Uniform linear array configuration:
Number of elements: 24
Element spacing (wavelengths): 0.5
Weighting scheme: hann
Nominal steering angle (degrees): -15
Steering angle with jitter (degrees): -14.019
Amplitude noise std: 0.05
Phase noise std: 0.05

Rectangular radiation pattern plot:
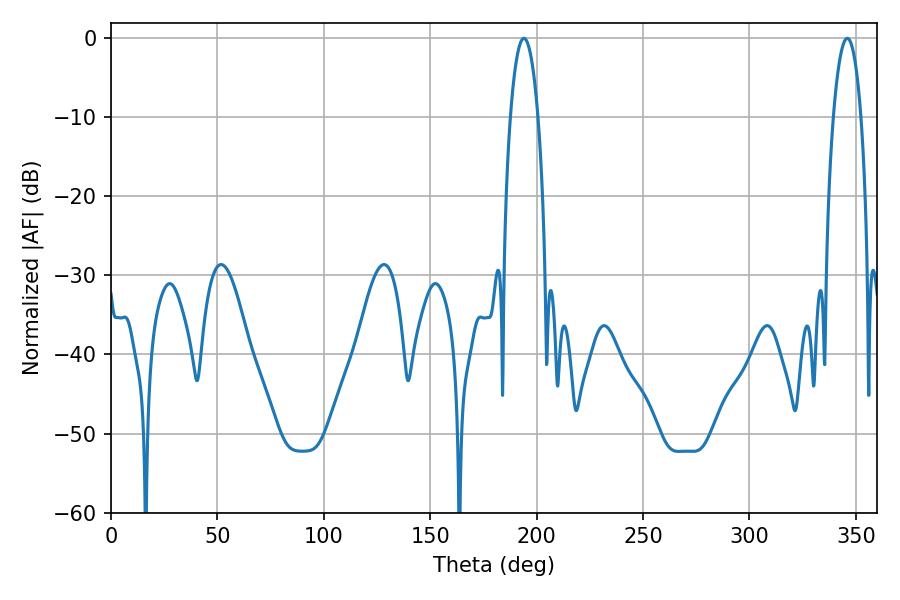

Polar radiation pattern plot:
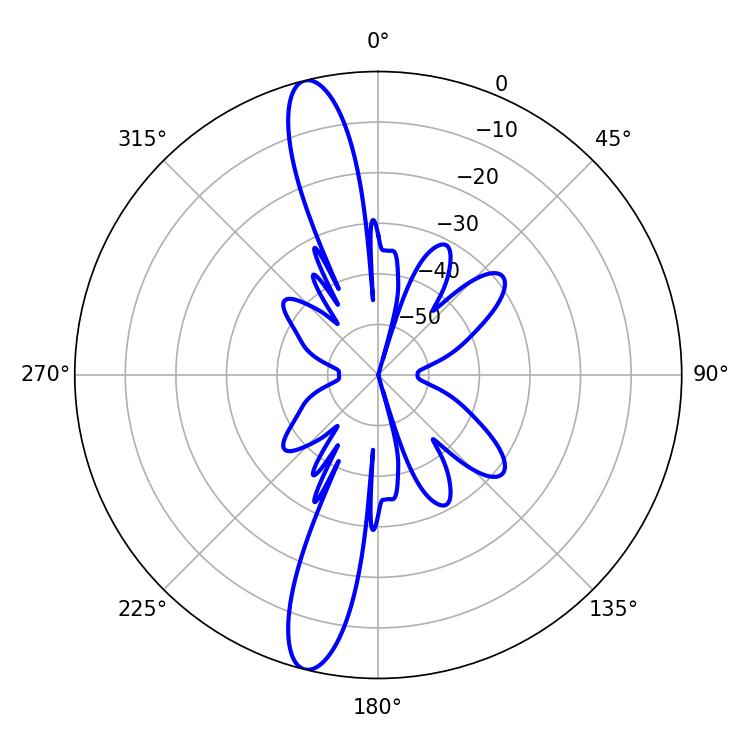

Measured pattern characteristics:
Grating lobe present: FALSE
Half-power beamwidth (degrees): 7.2
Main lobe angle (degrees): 194.04